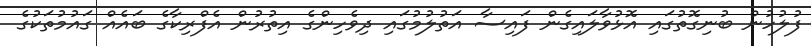
ފުލުހުން ބުނިގޮތުގައި އޮޅުވާލައިގެން ފައިސާ އަތުލުމުގައި ދިވެހިންގެ އިތުރުން އެފްރިކާގެ ބައެއް ގައުމުތަކުގެ